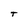
Character: T